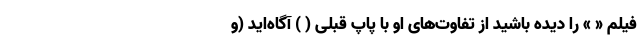
فیلم « » را دیده باشید از تفاوت‌های او با پاپ قبلی ( ) آگاه‌اید (و